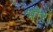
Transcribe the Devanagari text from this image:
भौंरों